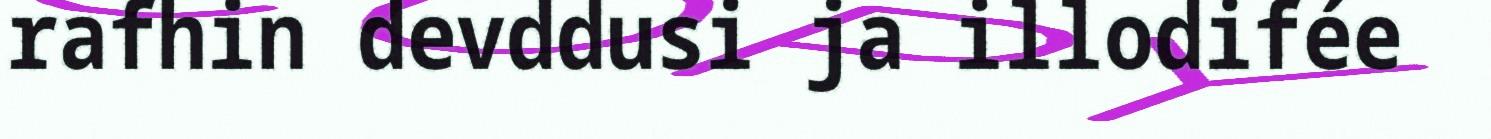
rafhin devddusi ja illodifée